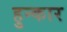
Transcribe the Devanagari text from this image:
हुन्कार